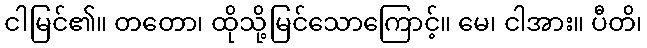
ငါမြင်၏။ တတော၊ ထိုသို့မြင်သောကြောင့်။ မေ၊ ငါအား။ ပီတိ၊